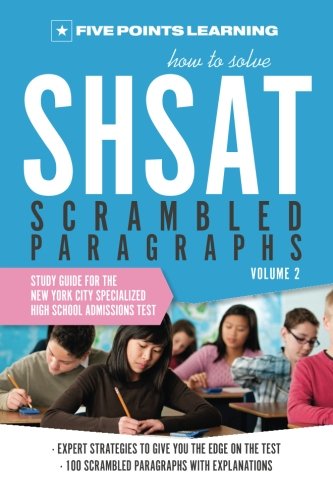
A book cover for How to Solve SHSAT Scrambled Paragraphs (Volume 2): Study Guide for the New York City Specialized High School Admissions Test; Five Points Learning; Test Preparation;